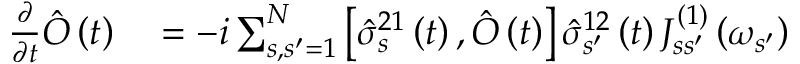
\begin{array} { r l } { \frac { \partial } { \partial t } \hat { O } \left( t \right) } & { { } = - i \sum _ { s , s ^ { \prime } = 1 } ^ { N } \left[ \hat { \sigma } _ { s } ^ { 2 1 } \left( t \right) , \hat { O } \left( t \right) \right] \hat { \sigma } _ { s ^ { \prime } } ^ { 1 2 } \left( t \right) J _ { s s ^ { \prime } } ^ { \left( 1 \right) } \left( \omega _ { s ^ { \prime } } \right) } \end{array}